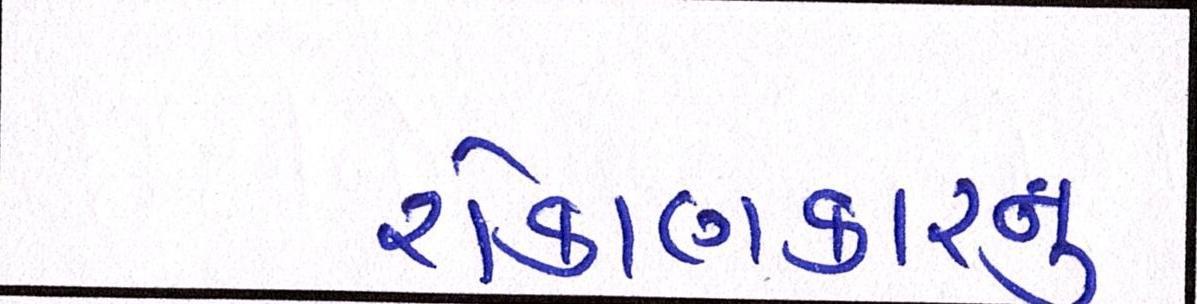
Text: રોકાણકારનું